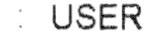
: USER